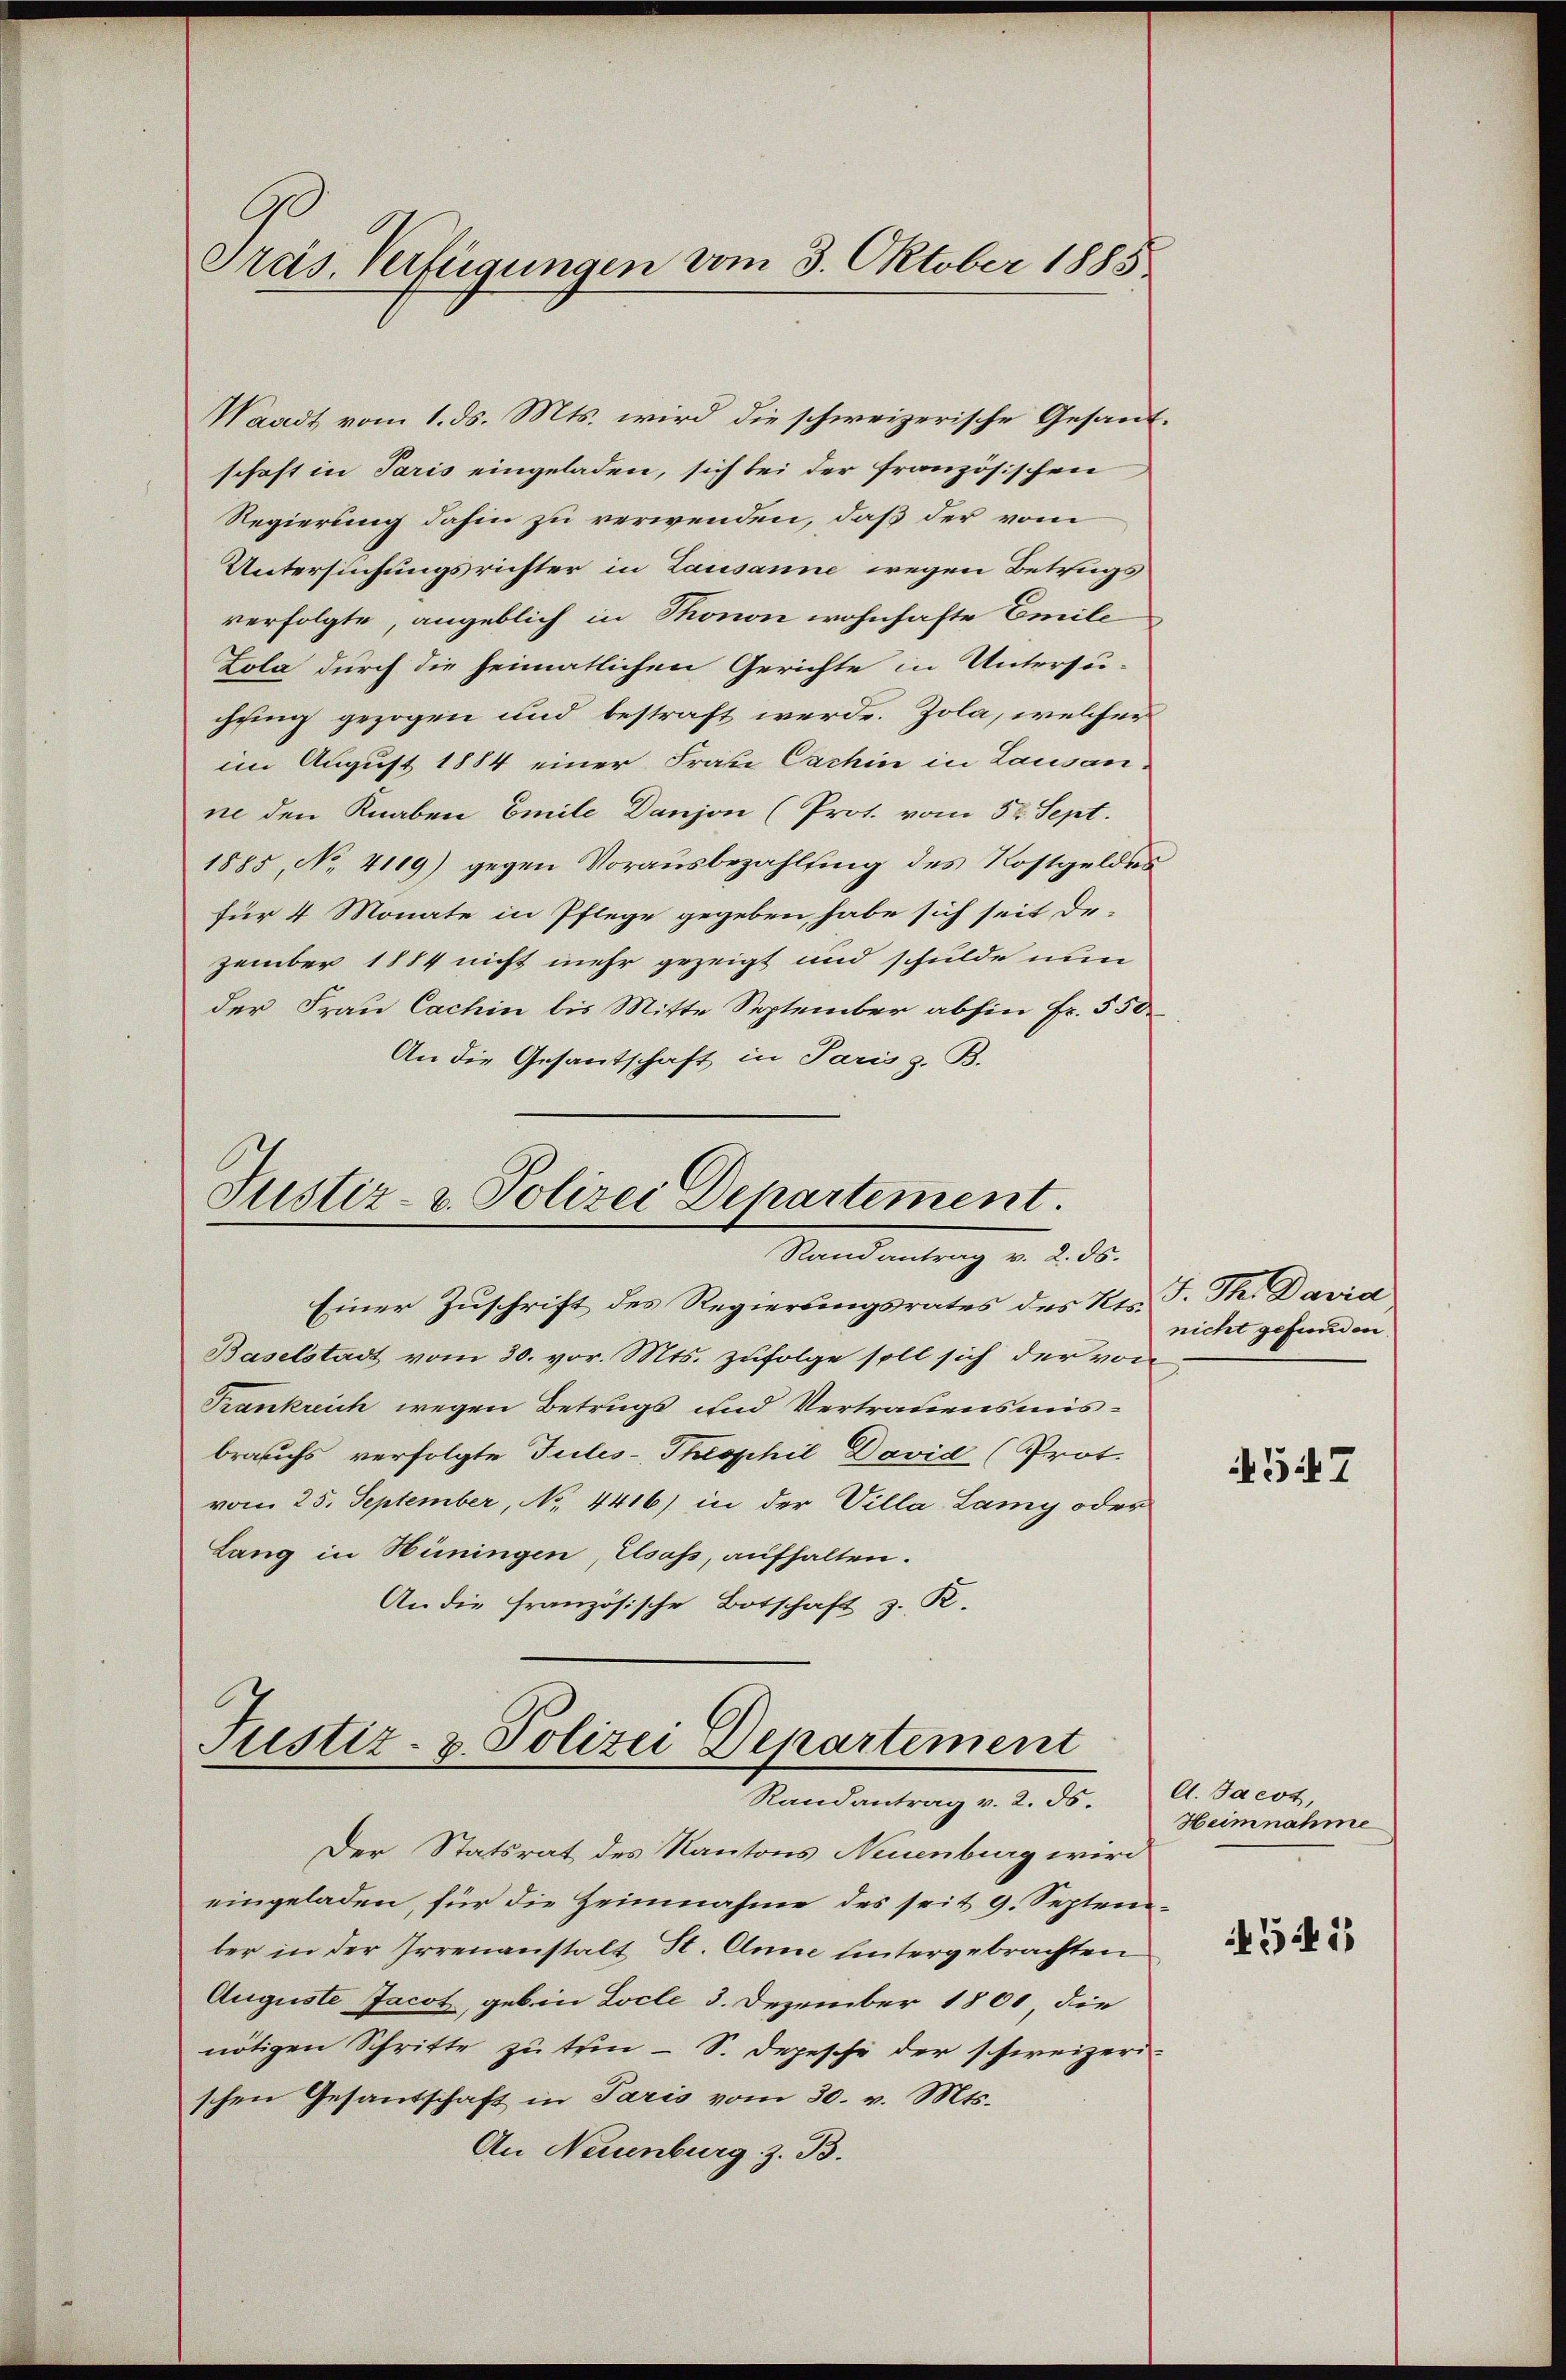
Waadt vom 1. ds. Mts. wird die schweizerische Gesandschaft in Paris eingeladen, sich bei der französischen
Regierung dahin zu verwenden, daß der vom
Untersuchungsrichter in Lausanne wegen Betrugs
verfolgte, angeblich in Thonon wohnhafte Emile
Lola durch die heimatlichen Gerichte in Untersu-
chung gezogen und bestraft werde. Zola, welcher
im August 1884 einer Frau Cachin in Lausan-
ne den Knaben Emile Danjon (Prot. vom 30. Sept.
1885, No. 4119) gegen Vorausbezahlung des Kostgeldes
für 4 Monate in Pflege gegeben, habe sich seit de-
zember 1884 nicht mehr gezeigt und schulde nun
der Frau Cachin bis Mitte September abhin fr. 550
An die Gesantschaft in Paris z. B.

Pras. Verfügungen vom 3. Oktober 1885

Justiz- & Polizei Departement.
Randantrag v. 2. ds.

Einer Zuschrift des Regierungsrates des Kts. F. Th. David
Baselstadt vom 30. vor. Mts. zufolge soll sich der von
Frankreich wegen Betrugs und Vertrauensmisbrauchs verfolgte Tules-Theophil David (Prot.
vom 25. September, No. 4416) in der Villa Lamy oder
Lang in Hüningen, Elsass, aufhalten.
An die französische Botschaft z. R.

Justiz- & Polizei Departement
Randantrag v. 2. ds. A. Jacot,

Der Statsrat des Kantons Neuenburg wird
eingeladen, für die Heinnahme des seit 9. September in der Irrenanstalt St. Anne untergebrachten
Auguste Jacot, geb. in Locle 3. Dezember 1800, die
nötigen Schritte zu trin - S. Depesche der schweizerischen Gesandschaft in Paris vom 30. v. Mts.
An Neuenburg z. B.

nicht gefunden.

4547

Heimnahme

7145